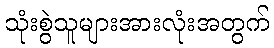
သုံးစွဲသူများအားလုံးအတွက်